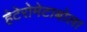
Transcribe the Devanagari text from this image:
हेटेरोमेटाबोला